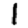
Digit: 1